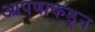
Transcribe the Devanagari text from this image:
आपणाकडून